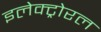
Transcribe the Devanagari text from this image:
इलेक्ट्रोरल